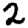
Digit: 2